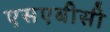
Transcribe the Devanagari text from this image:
एसएबीसी